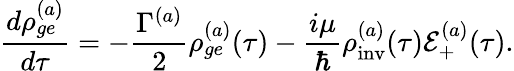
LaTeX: \frac{d\rho_{ge}^{(a)}}{d\tau}=-\frac{\Gamma^{(a)}}{2}\rho_{ge}^{(a)}(\tau)-\frac{i\mu}{\hbar}\rho_{\mathrm{inv}}^{(a)}(\tau)\mathcal{E}_{+}^{(a)}(\tau).